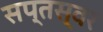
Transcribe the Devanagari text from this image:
सप्तस्वर